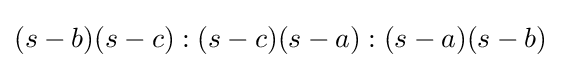
(s-b)(s-c):(s-c)(s-a):(s-a)(s-b)